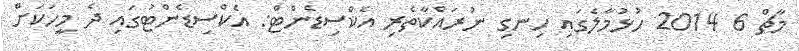
މާޗް 6 2014 ހުޅުމާލެގައި ހިނގި ނުރައްކާތެރި އެކްސިޑެންޓް: އެކްސިޑެންޓުގައި ދެ މީހަކަށް